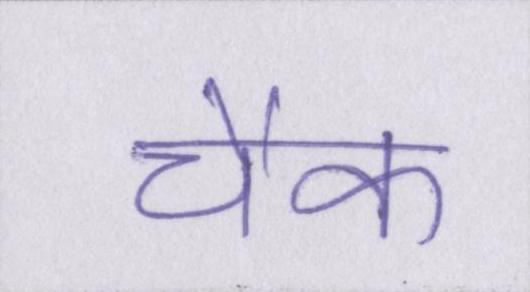
चैक